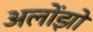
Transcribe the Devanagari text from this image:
अलोंझो